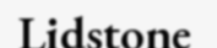
Lidstone